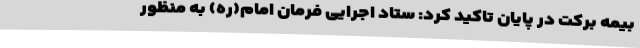
بیمه برکت در پایان تاکید کرد: ستاد اجرایی فرمان امام(ره) به منظور